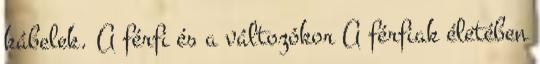
kábelek. A férfi és a változókor A férfiak életében